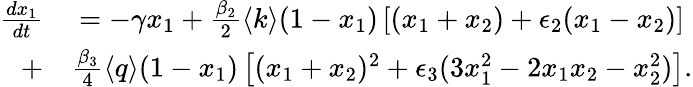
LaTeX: \begin{array}{rl}{\frac{dx_{1}}{dt}}&{{}=-\gamma x_{1}+\frac{\beta_{2}}{2}\langle k\rangle(1-x_{1})\left[(x_{1}+x_{2})+\epsilon_{2}(x_{1}-x_{2})\right]}\\ {+}&{{}\frac{\beta_{3}}{4}\langle q\rangle(1-x_{1})\left[(x_{1}+x_{2})^{2}+\epsilon_{3}(3x_{1}^{2}-2x_{1}x_{2}-x_{2}^{2})\right].}\end{array}